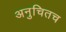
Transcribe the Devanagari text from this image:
अनुचितच